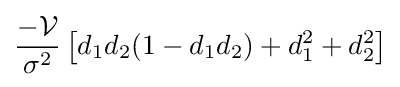
{\frac {-{\mathcal {V}}}{\sigma ^{2}}}\left[d_{1}d_{2}(1-d_{1}d_{2})+d_{1}^{2}+d_{2}^{2}\right]